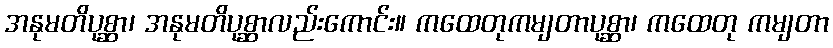
အနုမတိပုစ္ဆာ၊ အနုမတိပုစ္ဆာလည်းကောင်း။ ကထေတုကမျတာပုစ္ဆာ၊ ကထေတု ကမျတာ